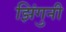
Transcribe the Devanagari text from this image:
झिंगुनी